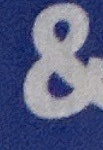
&